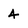
Character: 4